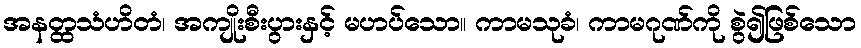
အနတ္ထသံဟိတံ၊ အကျိုးစီးပွားနှင့် မဟပ်သော။ ကာမသုခံ၊ ကာမဂုဏ်ကို စွဲ၍ဖြစ်သော